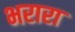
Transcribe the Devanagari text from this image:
भरारा